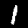
Label: 1